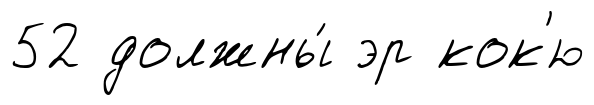
52 должны́ эр кок'ю